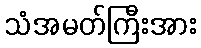
သံအမတ်ကြီးအား